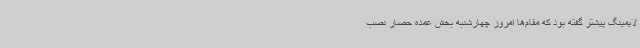
لایمینگ پیشتر گفته بود که مقام‌ها امروز چهارشنبه بخش عمده حصار نصب